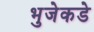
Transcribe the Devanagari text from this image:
भुजेकडे